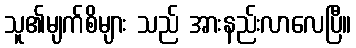
သူ၏မျက်စိများ သည် အားနည်းလာလေပြီ။